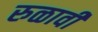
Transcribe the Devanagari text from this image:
रुळावी